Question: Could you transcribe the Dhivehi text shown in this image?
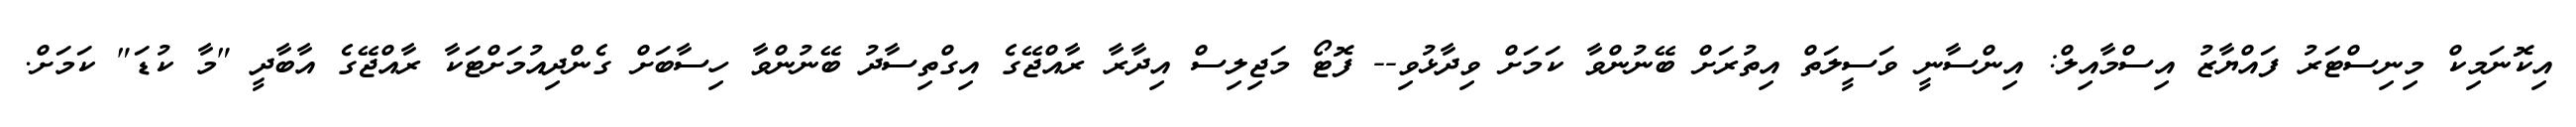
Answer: އިކޮނަމިކް މިނިސްޓަރު ފައްޔާޒު އިސްމާއިލް: އިންސާނީ ވަސީލަތް އިތުރަށް ބޭނުންވާ ކަމަށް ވިދާޅުވި-- ފޮޓޯ މަޖިލިސް އިދާރާ ރާއްޖޭގެ އިގްތިސާދު ބޭނުންވާ ހިސާބަށް ގެންދިއުމަށްޓަކާ ރާއްޖޭގެ އާބާދީ "މާ ކުޑަ" ކަމަށް.